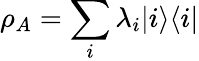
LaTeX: \rho_{A}=\sum_{i}\lambda_{i}|i\rangle\langle i|